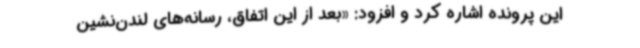
این پرونده اشاره کرد و افزود: «بعد از این اتفاق، رسانه‌های لندن‌نشین